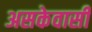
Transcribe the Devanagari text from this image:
असकेवासी